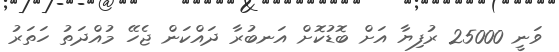
ވަނީ 25000 ރުފިޔާ އަށް ބޮޑުކޮށް އަނބުރާ ދައްކަން ޖެހޭ މުއްދަތު ހަތަރު